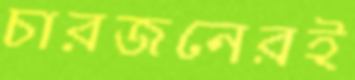
চারজনেরই